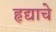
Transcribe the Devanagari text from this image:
हृद्याचे